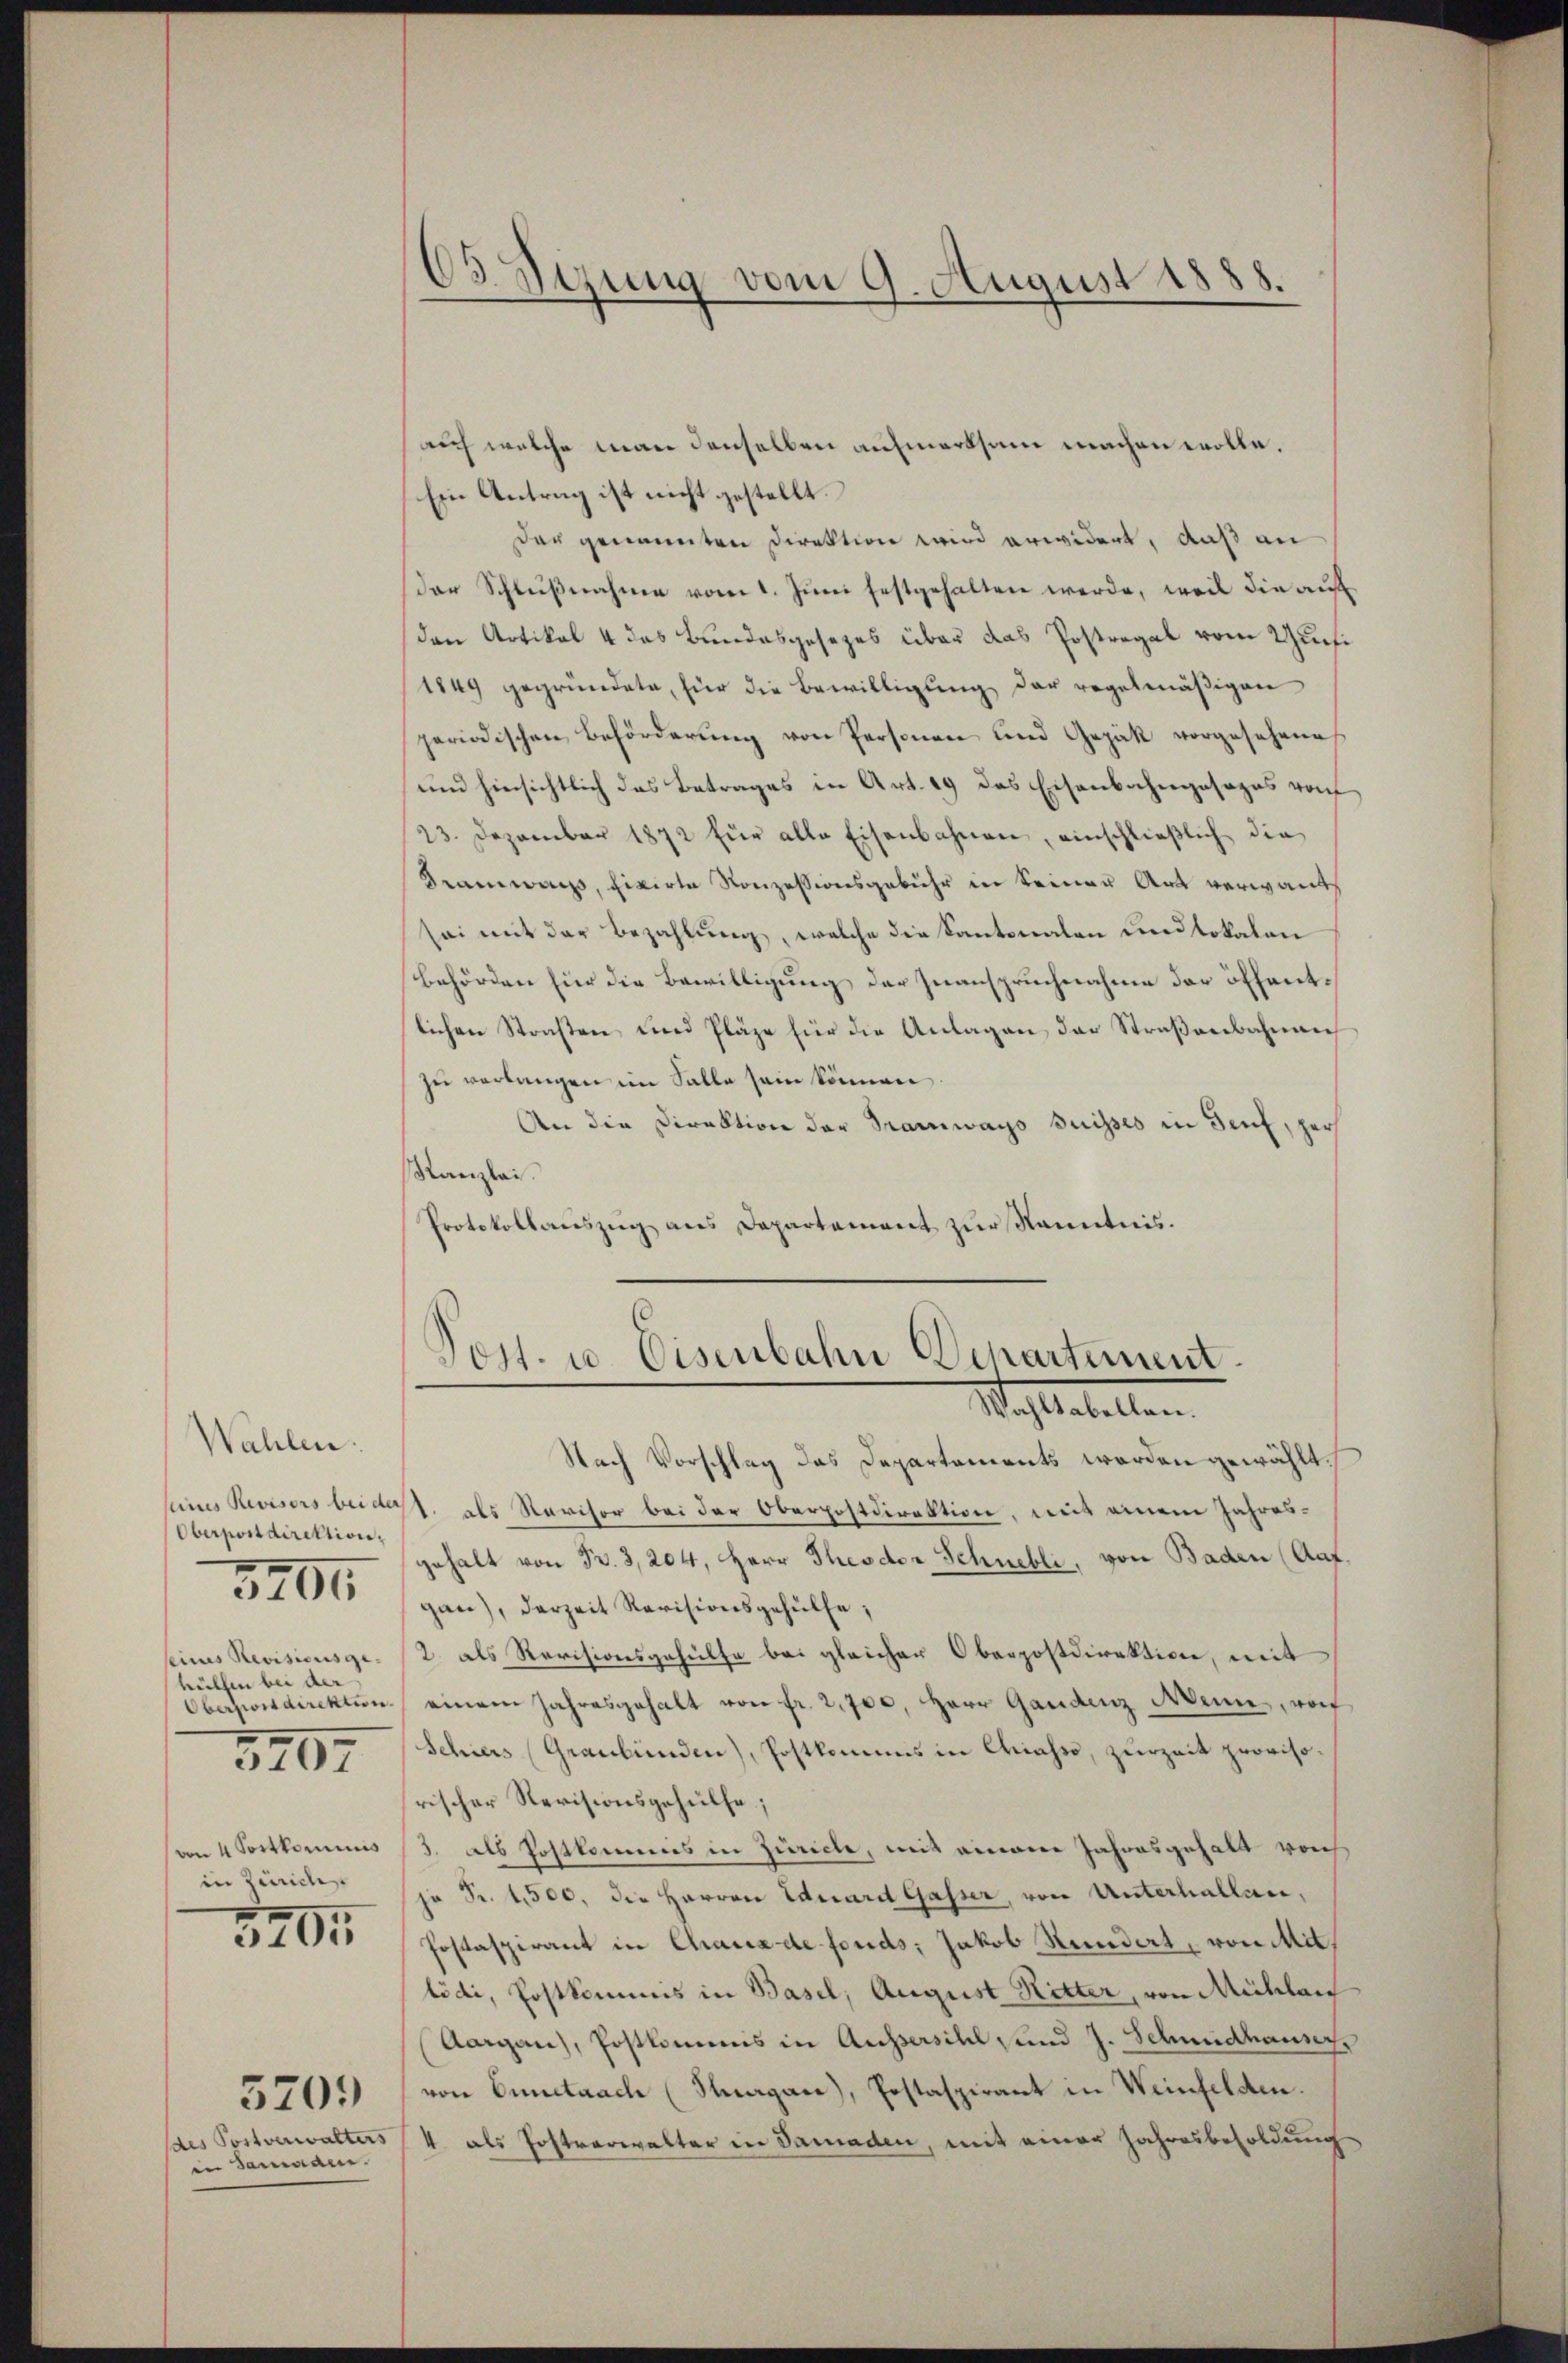
Wahlen.
seines Revisors bei der
Oberpostdirektion,
seines Revisionsge-
hülfen bei der
Oberfondirektion.
5407
von 4 Fortkommis
in Zürich
3405

3204

des Postverwalters
in Sammann.

5709

auch welche man denselben aufmerksam machen wolle.
Ein Antrag ist nicht gestellt.
Der genannten Direktion wird erwidert, daß an
der Schlußnahme vom 1. Juni festgehalten werde, weil die auf
den Artikal 4 das Bundesgesezes über das Postregal vom Zusi
1849 gegründete, für die Bewilligung der regelmäßigen
periodischen Beförderung von Personen und Gezak vorgesehene
und hinsichtlich das Betrages in Art. 49 das Eisenbahngesages von
23. Dezember 1872 für alle Eisenbahnen, einschlieβlich die
Kramwachs, fixirte Konzessionsgebühr in keiner Art verwandt
sei mit der Bezahlung, welche die Kantonalen und lokalen
Behörden für die Bewilligung der Zuanspruchnahme der öffentlichen Straßen, und Pläge für die Anlagen der Straßenbahnen
zu verlangen im Salle sein können.
An die Direktion der Tramways Suisses in Senf, per
Kanzlei.
Protokollauszug aus Departement zŭr Kenntnis.

d3 Stung vom 9. August 1888.

Post- u. Eisenbahn Departement.
Wahltabellen.

Nach Vorschlag das Departements werden gewählt.
1. als Navisor bei der Oberpostdirektion, mit einem Jahresgehalt von Fr. 3, 204, Herr Theodor Schnebli, von Baden (Aat.
gan), derzeit Revisionsgehülfe,
2. als Revisionsgehülfe bei gleicher Oberpostdirektion, mit
einem Jahresgehalt von fr. 2,700. Herr Gandenz Wenn, wof
Schiers Graubünden), Postkommis in Chiasso, zurzeit provisorischer Revisionsgehülfe;
3. als Postkommis in Züricle, mit einem Jahresgehalt vorh
je Fr. 1,500, die Herren Eduard Gasser, von Unterhallen,
Jostaspirant in Chaux de fonds; Jakob Hundert, von Mitlödi, Postkommis in Basel, August Ritter, von Mühlan
Aargau), Postkommnis in Aussersihl und J. Schmidhause
von Ennetnach (Stuargare), Postaspirant in Weinfelden.
4 als Postverwalter in Samaden, mit einer Jahresbesoldung